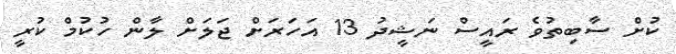
ކުށް ސާބިތުވެ ރައީސް ނަޝީދު 13 އަހަރަށް ޖަލަށް ލާން ހުކުމް ކުރީ